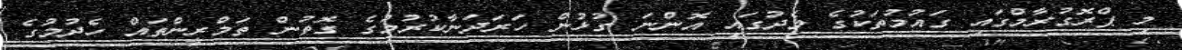
މި ޕްރޮގުރާމްގައި ގައުމުތަކުގެ މެދުގައި އޮންނަ ގުޅުން ހަރަދަނާކުރުމުގެ ގޮތުން ތަމްރީންތައް ހެދުމުގެ